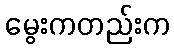
မွေးကတည်းက